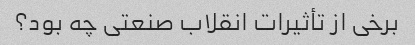
برخی از تأثیرات انقلاب صنعتی چه بود؟